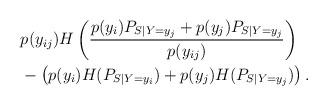
LaTeX: \begin{align*}& p(y_{ij}) H\left(\frac{p(y_i)P_{S|Y=y_j}+p(y_j)P_{S|Y=y_j}}{p(y_{ij})} \right) \\& - \left( p(y_i) H(P_{S|Y=y_i})+ p(y_j) H(P_{S|Y=y_j}) \right). \end{align*}